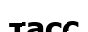
тасс